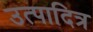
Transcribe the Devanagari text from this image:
उत्पादित्र